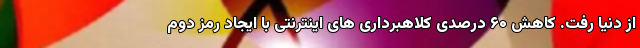
از دنیا رفت. کاهش ۶۰ درصدی کلاهبرداری های اینترنتی با ایجاد رمز دوم